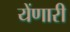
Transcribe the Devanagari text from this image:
येंणारी